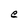
Character: e